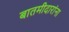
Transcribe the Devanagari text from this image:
बातमीदारांना